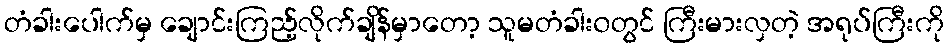
တံခါးပေါက်မှ ချောင်းကြည့်လိုက်ချိန်မှာတော့ သူမတံခါး၀တွင် ကြီးမားလှတဲ့ အရုပ်ကြီးကို